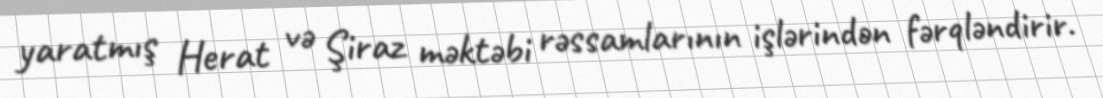
yaratmış Herat və Şiraz məktəbi rəssamlarının işlərindən fərqləndirir.